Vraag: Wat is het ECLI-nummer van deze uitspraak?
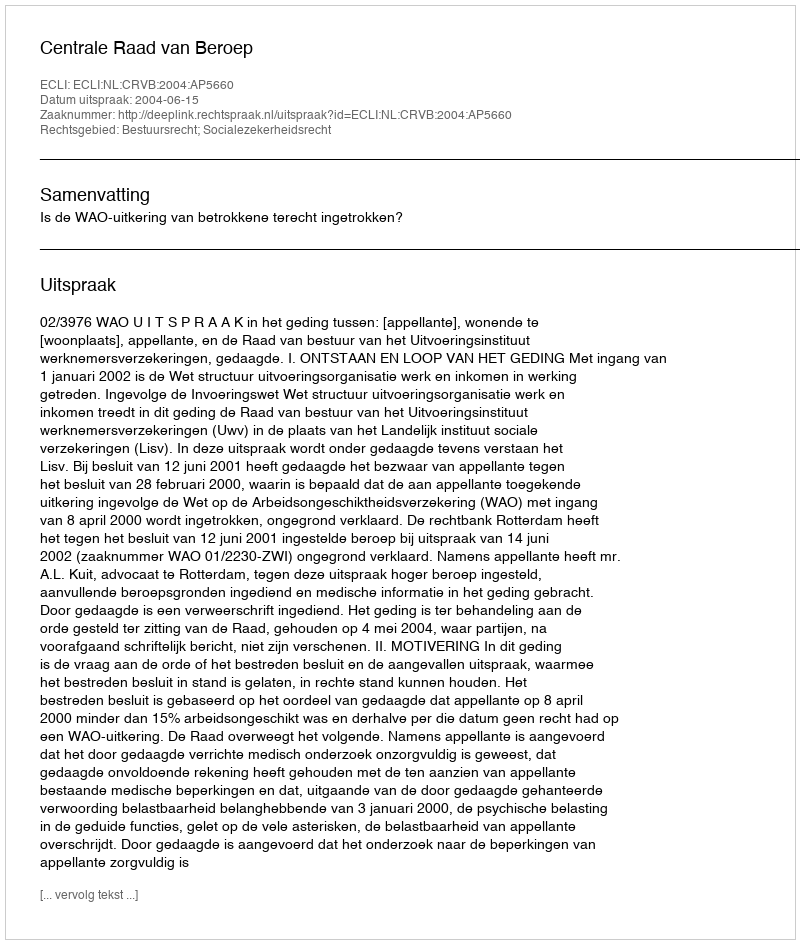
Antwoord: ECLI:NL:CRVB:2004:AP5660